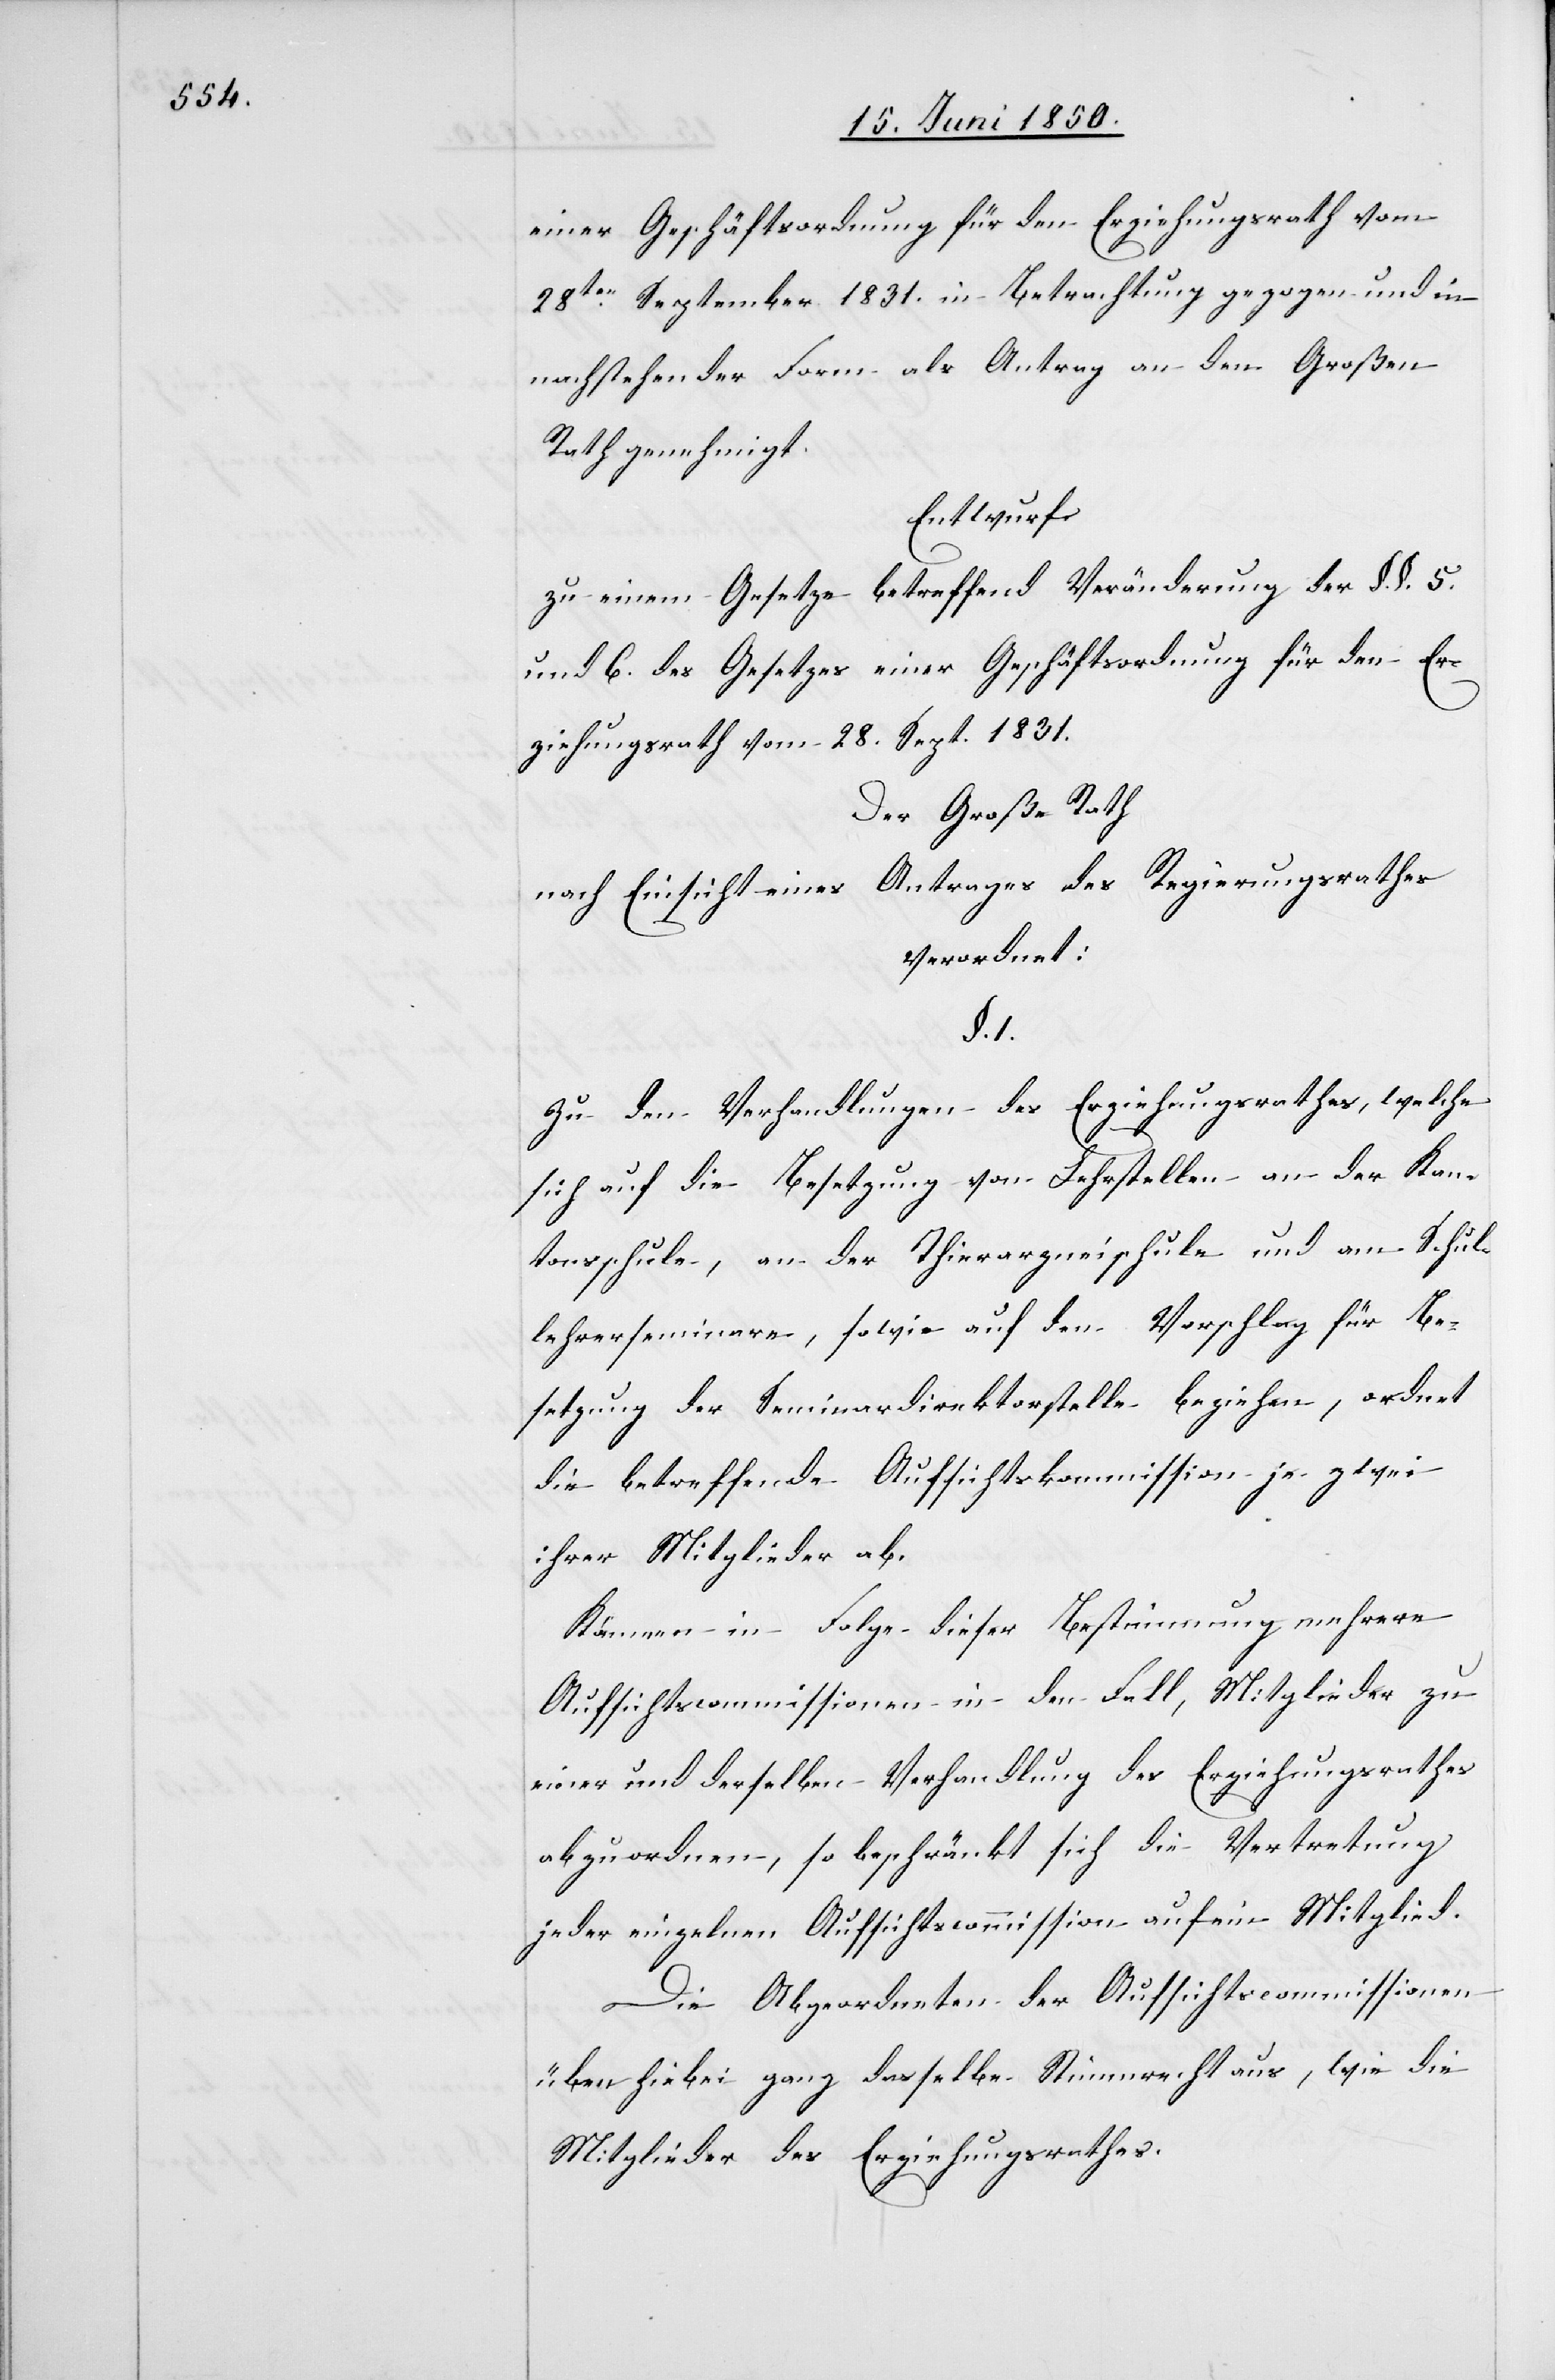
einer Geschäftsordnung für den Erziehungsrath vom
28ten September 1831. in Betrachtung gezogen und in
nachstehender Form als Antrag an den Großen
Rath genehmigt
Entwurf
zu einem Gesetze betreffend Veränderung der §. §. 5.
und 6. des Gesetzes einer Geschäftsordnung für den Er¬
ziehungsrath vom 28. Sept. 1831.
Der Große Rath
nach Einsicht eines Antrages des Regierungsrathes
verordnet:
§. 1.
Zu den Verhandlungen des Erziehungsrathes, welche
sich auf die Besetzung von Lehrstellen an der Kan¬
tonsschule, an der Thierarzneischule und am Schul¬
lehrerseminare, sowie auf den Vorschlag für Be¬
setzung der Seminardirektorstelle beziehen, ordnet
die betreffende Aufsichtskommission je zwei
ihrer Mitglieder ab.
in Folge dieser Bestimmung mehrere
Aufsichtscommissionen in den Fall, Mitglieder zu
einer und derselben Verhandlung des Erziehungsrathes
abzuordnen, so beschränkt sich die Vertretung
jeder einzelnen Aufsichtscommission auf ein Mitglied.
Die Abgeordneten der Aufsichtscommissionen
üben hiebei ganz dasselbe Stimmrecht aus, wie die
Mitglieder des Erziehungsrathes.